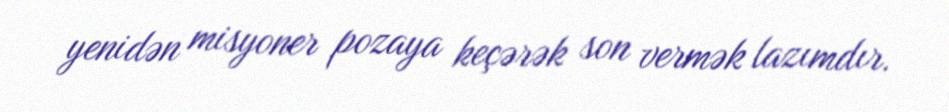
yenidən misyoner pozaya keçərək son vermək lazımdır.